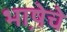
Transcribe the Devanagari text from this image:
भा़षेचे